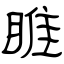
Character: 睢